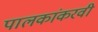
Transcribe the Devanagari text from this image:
पालकांकरवी